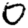
Digit: 0